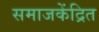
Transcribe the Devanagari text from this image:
समाजकेंद्रित